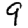
Digit: 9